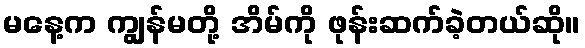
မနေ့က ကျွန်မတို့ အိမ်ကို ဖုန်းဆက်ခဲ့တယ်ဆို။